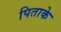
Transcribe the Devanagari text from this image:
पिताके